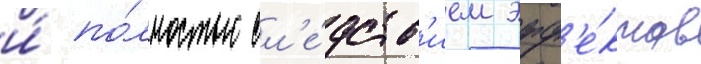
и́ по́лностью сл'е́дств'ием эфф'е́ктов